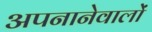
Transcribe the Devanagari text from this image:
अपनानेवालों